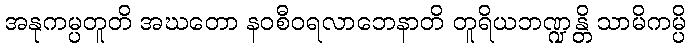
အနုကမ္ပတူတိ အဃတော နဝစီဝရလာဘေနာတိ တူရိယဘဏ္ဍန္တိ သာမိကမ္ပိ